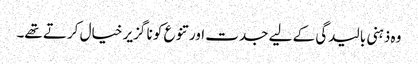
وہ ذہنی بالیدگی کے لیے جدت اور تنوع کو نا گزیر خیال کرتے تھے۔